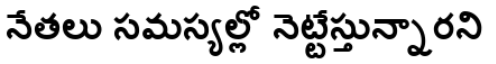
నేతలు సమస్యల్లో నెట్టేస్తున్నారని